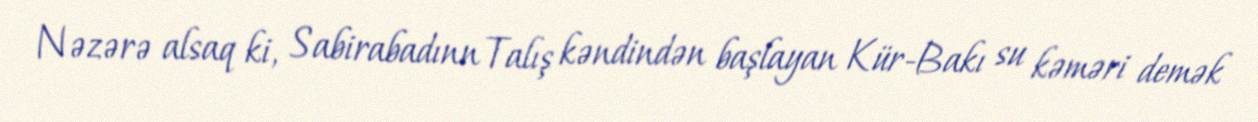
Nəzərə alsaq ki, Sabirabadınn Talış kəndindən başlayan Kür-Bakı su kəməri demək